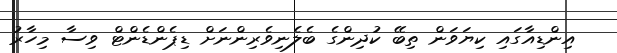
އިންޑިއާގައި ކިޔަވަން ތިބޭ ކުދިންގެ ބެލެނިވެރިންނަށް ޑިޕެންޑެންޓް ވިސާ މިހާރު